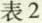
表 2